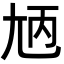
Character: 𡯞